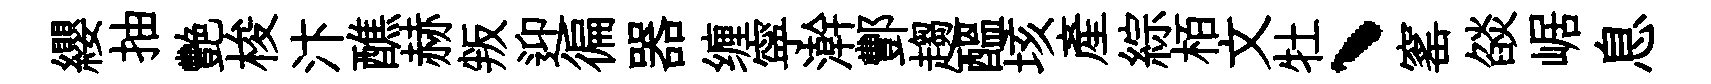
纓抽艷梭汴醮赫叛迎徧器缠寜澣酆趨醖垓産綜栢文牡、窰燄崌息